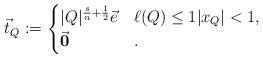
LaTeX: \begin{align*}\vec t_{Q}:=\begin{cases}|Q|^{\frac{s}{n}+\frac12}\vec e&\ell(Q)\leq1|x_Q|<1,\\\vec{\mathbf{0}}&.\end{cases}\end{align*}